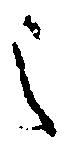
之